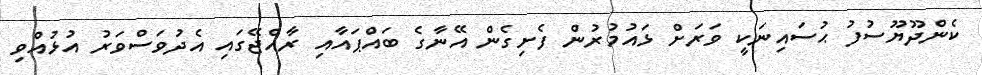
ކެންދޫޔޫސުފު ޙުސައިނަކީ ވަރަށް ޅައުުމުރުން ފެށިގެން އޭނާގެ ބައްޕައާއި ރާއްޖޭގައި އެދުވަސްވަރު އުޅުއްވި